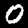
Label: 0